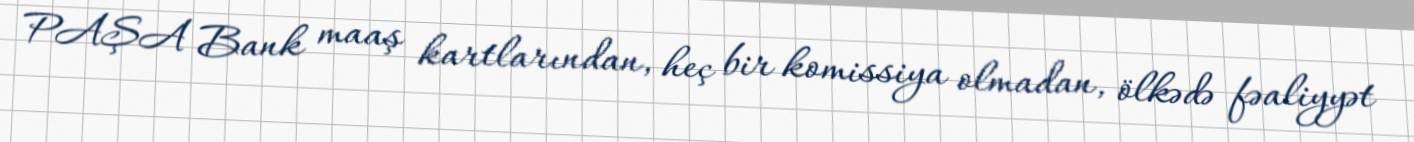
PAŞA Bank maaş kartlarından, heç bir komissiya olmadan, ölkədə fəaliyyət